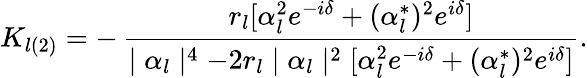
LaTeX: K_{l(2)}=-\, \frac{r_{l}[\alpha_{l}^{2}e^{-i\delta}+(\alpha_{l}^{*})^{2}e^{i\delta}]}{\mid\alpha_{l}\mid^{4}-2r_{l}\mid\alpha_{l}\mid^{2}[\alpha_{l}^{2}e^{-i\delta}+(\alpha_{l}^{*})^{2}e^{i\delta}]}.